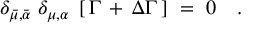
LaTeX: \delta _ { \bar { \mu } , \bar { \alpha } } \; \delta _ { \mu , \alpha } \; \left[ \, \Gamma \, + \, \Delta \Gamma \, \right] \ = \ 0 \ \ \ .